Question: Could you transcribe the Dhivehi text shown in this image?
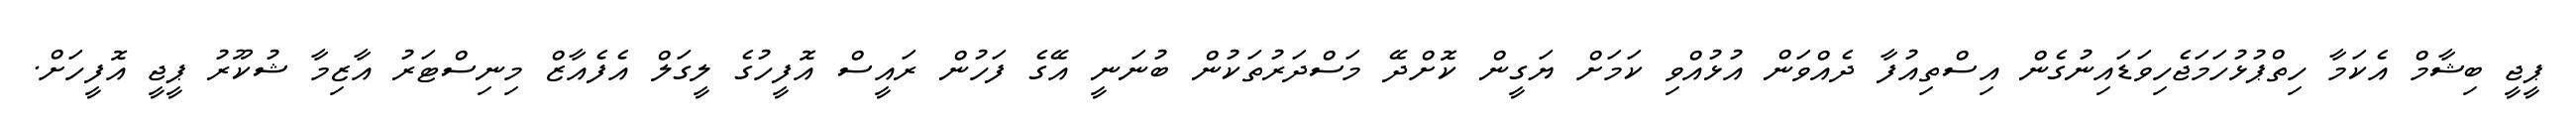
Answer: ޕީޖީ ބިޝާމް އެކަމާ ހިތްޕުޅުހަމަޖެހިވަޑައިނުގެން އިސްތިއުފާ ދެއްވަން އުޅުއްވި ކަމަށް ޔަގީން ކޮށްދޭ މަސްދަރުތަކުން ބުނަނީ އޭގެ ފަހުން ރައީސް އޮފީހުގެ ލީގަލް އެފެއާޒް މިނިސްޓަރު އާޒިމާ ޝުކޫރު ޕީޖީ އޮފީހަށް.